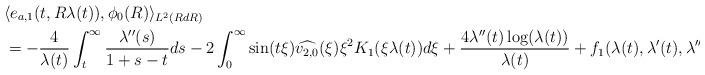
LaTeX: \begin{align*}&\langle e_{a,1}(t,R \lambda(t)),\phi_{0}(R)\rangle_{L^{2}(R dR)} \\&= -\frac{4}{\lambda(t)} \int_{t}^{\infty} \frac{\lambda''(s)}{1+s-t} ds -2 \int_{0}^{\infty} \sin(t\xi) \widehat{v_{2,0}}(\xi) \xi^{2} K_{1}(\xi \lambda(t))d\xi +\frac{4 \lambda''(t) \log (\lambda(t))}{\lambda(t)}+f_{1}(\lambda(t),\lambda'(t),\lambda''(t))\end{align*}